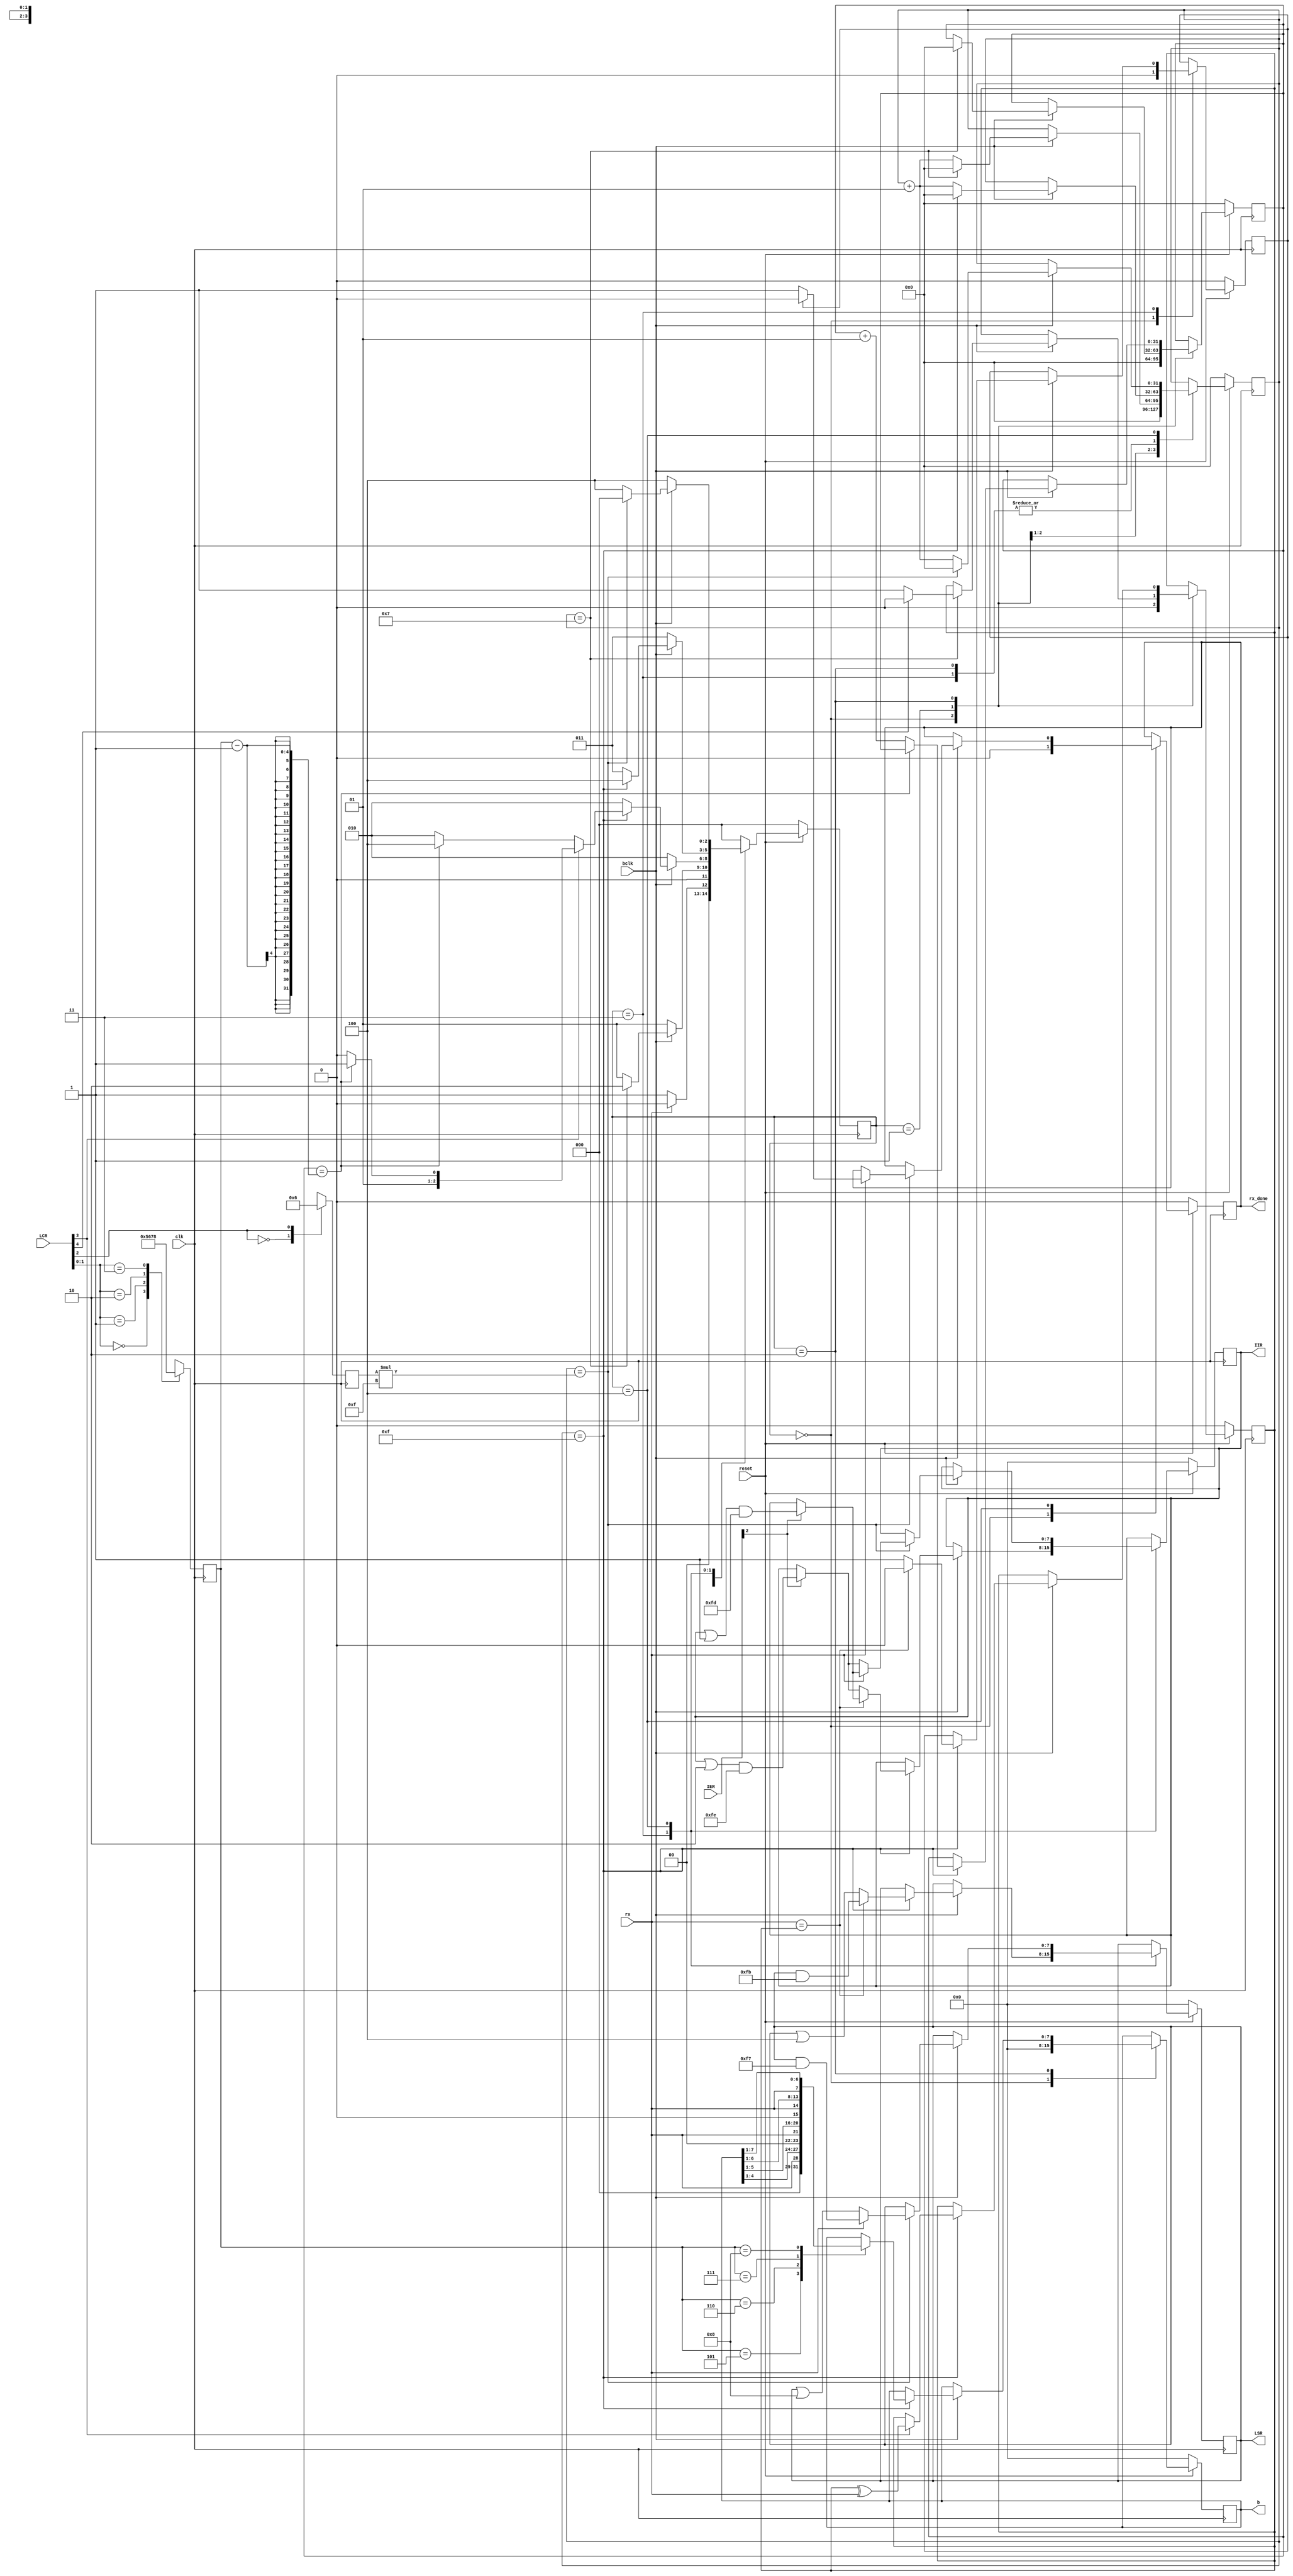
`timescale 1ns / 1ps
//////////////////////////////////////////////////////////////////////////////////
// Company: 
// Engineer: 
// 
// Design Name: 
// Module Name:    Receiver 
// Project Name: 
// Target Devices: 
// Tool versions: 
// Description: 
//
// Dependencies: 
//
// Revision: 
// Revision 0.01 - File Created
// Additional Comments: 
//
//////////////////////////////////////////////////////////////////////////////////
module Receiver(bclk,clk,reset,rx,b,rx_done,LCR,LSR,IER,IIR);

input bclk;
input clk;
input reset; 
input [7:0]LCR;
input rx;
input [7:0]IER;

output reg [7:0]IIR;
output reg [7:0]b;
output reg [7:0]LSR;
output reg rx_done;

initial LSR = 8'b00000000;
initial IIR = 8'b00000000;

reg par;
reg p_par;
reg [2:0]state;
reg [3:0]DBIT;
reg [1:0]SB;

integer n=0;
integer b_count=0;
parameter idle=0, start=1, data=2, parity=3,stop=4;

always @(posedge clk )
case(LCR[1:0])
 2'b00: DBIT<=5;
 2'b01: DBIT<=6;
 2'b10: DBIT<=7;
 2'b11: DBIT<=8;
endcase

always @(posedge clk )
case(LCR[2])
 1'b0: SB<=1;
 1'b1: SB<=2;
endcase

always @(posedge clk)
begin
  if (~reset)
  begin
    b_count <= 0;
    n = 0;
    par <= 0;
	 p_par <= 0;
    b <= 0;
    LSR <= 8'b00000000;
	 IIR <= 8'b00000000;
    rx_done <= 0;
    state <= idle;
  end
else
  begin
  case( state)
  idle: begin
           b_count<=0;
			  n = 0;
           par <= 0;
			  p_par <= 0;
           b <= 0;
           rx_done <= 0;

         if(rx==0)
		     begin
       	  state<= start;
			  end
			 else
			  state<= idle;
	       end
  start: begin
          if( bclk==1)
			   begin
			    if(b_count == 7)
			     begin
				   b_count <= 0;
			      n = 0;
				   if (LCR[4]==0)
					 begin
				     par <=1;
				     state<= data;
					 end
			      else
					 begin
				    par <=0;
				    state<= data;
				   end
			     end
				  
				 else
				  begin
				  b_count <= b_count+1;
				  state <= start;
				 end
			 end
			else
			state <= start;
		  end
				
	data: begin	 
			 if (bclk==1)
			  begin
				 if (b_count==15)
				   begin
					 b_count <= 0;
					   case(DBIT)
					    5: b <= {rx, b[4:1]};
						 6: b <= {rx, b[5:1]};
						 7: b <= {rx, b[6:1]};
						 8: b <= {rx, b[7:1]};
					   endcase
					 if (LCR[3]==1)
					  begin
						par <= par ^ rx;
						 if (n==DBIT-1)
                    state <= parity;										  
						 else
							begin
							 n = n+1;
							 state <= data;
							end
						 end
					 else
					  begin
						if (n==DBIT-1)
                    state <= stop;										  
						else
						 begin
							n = n+1;
							state <= data;
						 end
						end
					  end
					 else
					  begin
						b_count <= b_count+1;
						state <= data;
                 end							 
				  end
			else
			 state <= data;
	      end
			
	parity: begin
	         if ( bclk==1)
				  begin
					 if ( b_count == 15)
					  begin
						 b_count <= 0;
						 if ( rx == par)                     //checking parity
						  begin
						  p_par <= 0;
						  LSR <= LSR & 8'b11111011;
						  if (IER[2]==1)                 // Receiver line status interrupt
						  begin
						  IIR <= (IIR | 8'b00000001) & 8'b11111101;        // IIR[1]=1
						  end
						  state <= stop;
						  end
						 else
						  begin
						  p_par <= 1;
						  LSR <= LSR | 8'b00000100;      // Parity error 
						  if (IER[2]==1)                 // Receiver line status interrupt
						  begin
						  IIR <= (IIR | 8'b00000010) & 8'b11111110;        // IIR[1]=1
						  end
						  state <= stop;
						  end
						end
					  else 
						begin
						 b_count <= b_count+1;
						 state <= parity;
						end
					 end
				 else 
				  state <=  parity;
	         end
	stop: begin
		     if ( bclk == 1)
				begin
				 if ( b_count == SB*15)
				  begin
				  b_count <= 0;
					if (rx==1)                     //checking framing error
					 begin
					 LSR <= LSR & 8'b11110111;
					 if (IER[2]==1)                 // Receiver line status interrupt
						  begin
						  IIR <= (IIR | 8'b00000001) & 8'b11111101;       // IIR[1]=1
						  end
					 if (p_par)
	             rx_done <= 0;
					 else
					 rx_done <= 1;
					 state <= idle;
					 end
					else
					 begin
					 LSR <= LSR | 8'b00001000;      //Framing error
				  if (IER[2]==1)                 // Receiver line status interrupt
						  begin
						  IIR <= (IIR | 8'b00000010) & 8'b11111110;        // IIR[1]=1
						  end
					 state <= idle;
					 end
				  end
				 else 
				  begin
				  b_count <= b_count+1;
				  state <= stop;
				  end 
				end
			  else 
			  state <= stop;
			end 
   default: state <= idle;			  
endcase
end 
end

endmodule